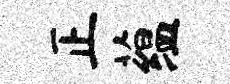
正蕴